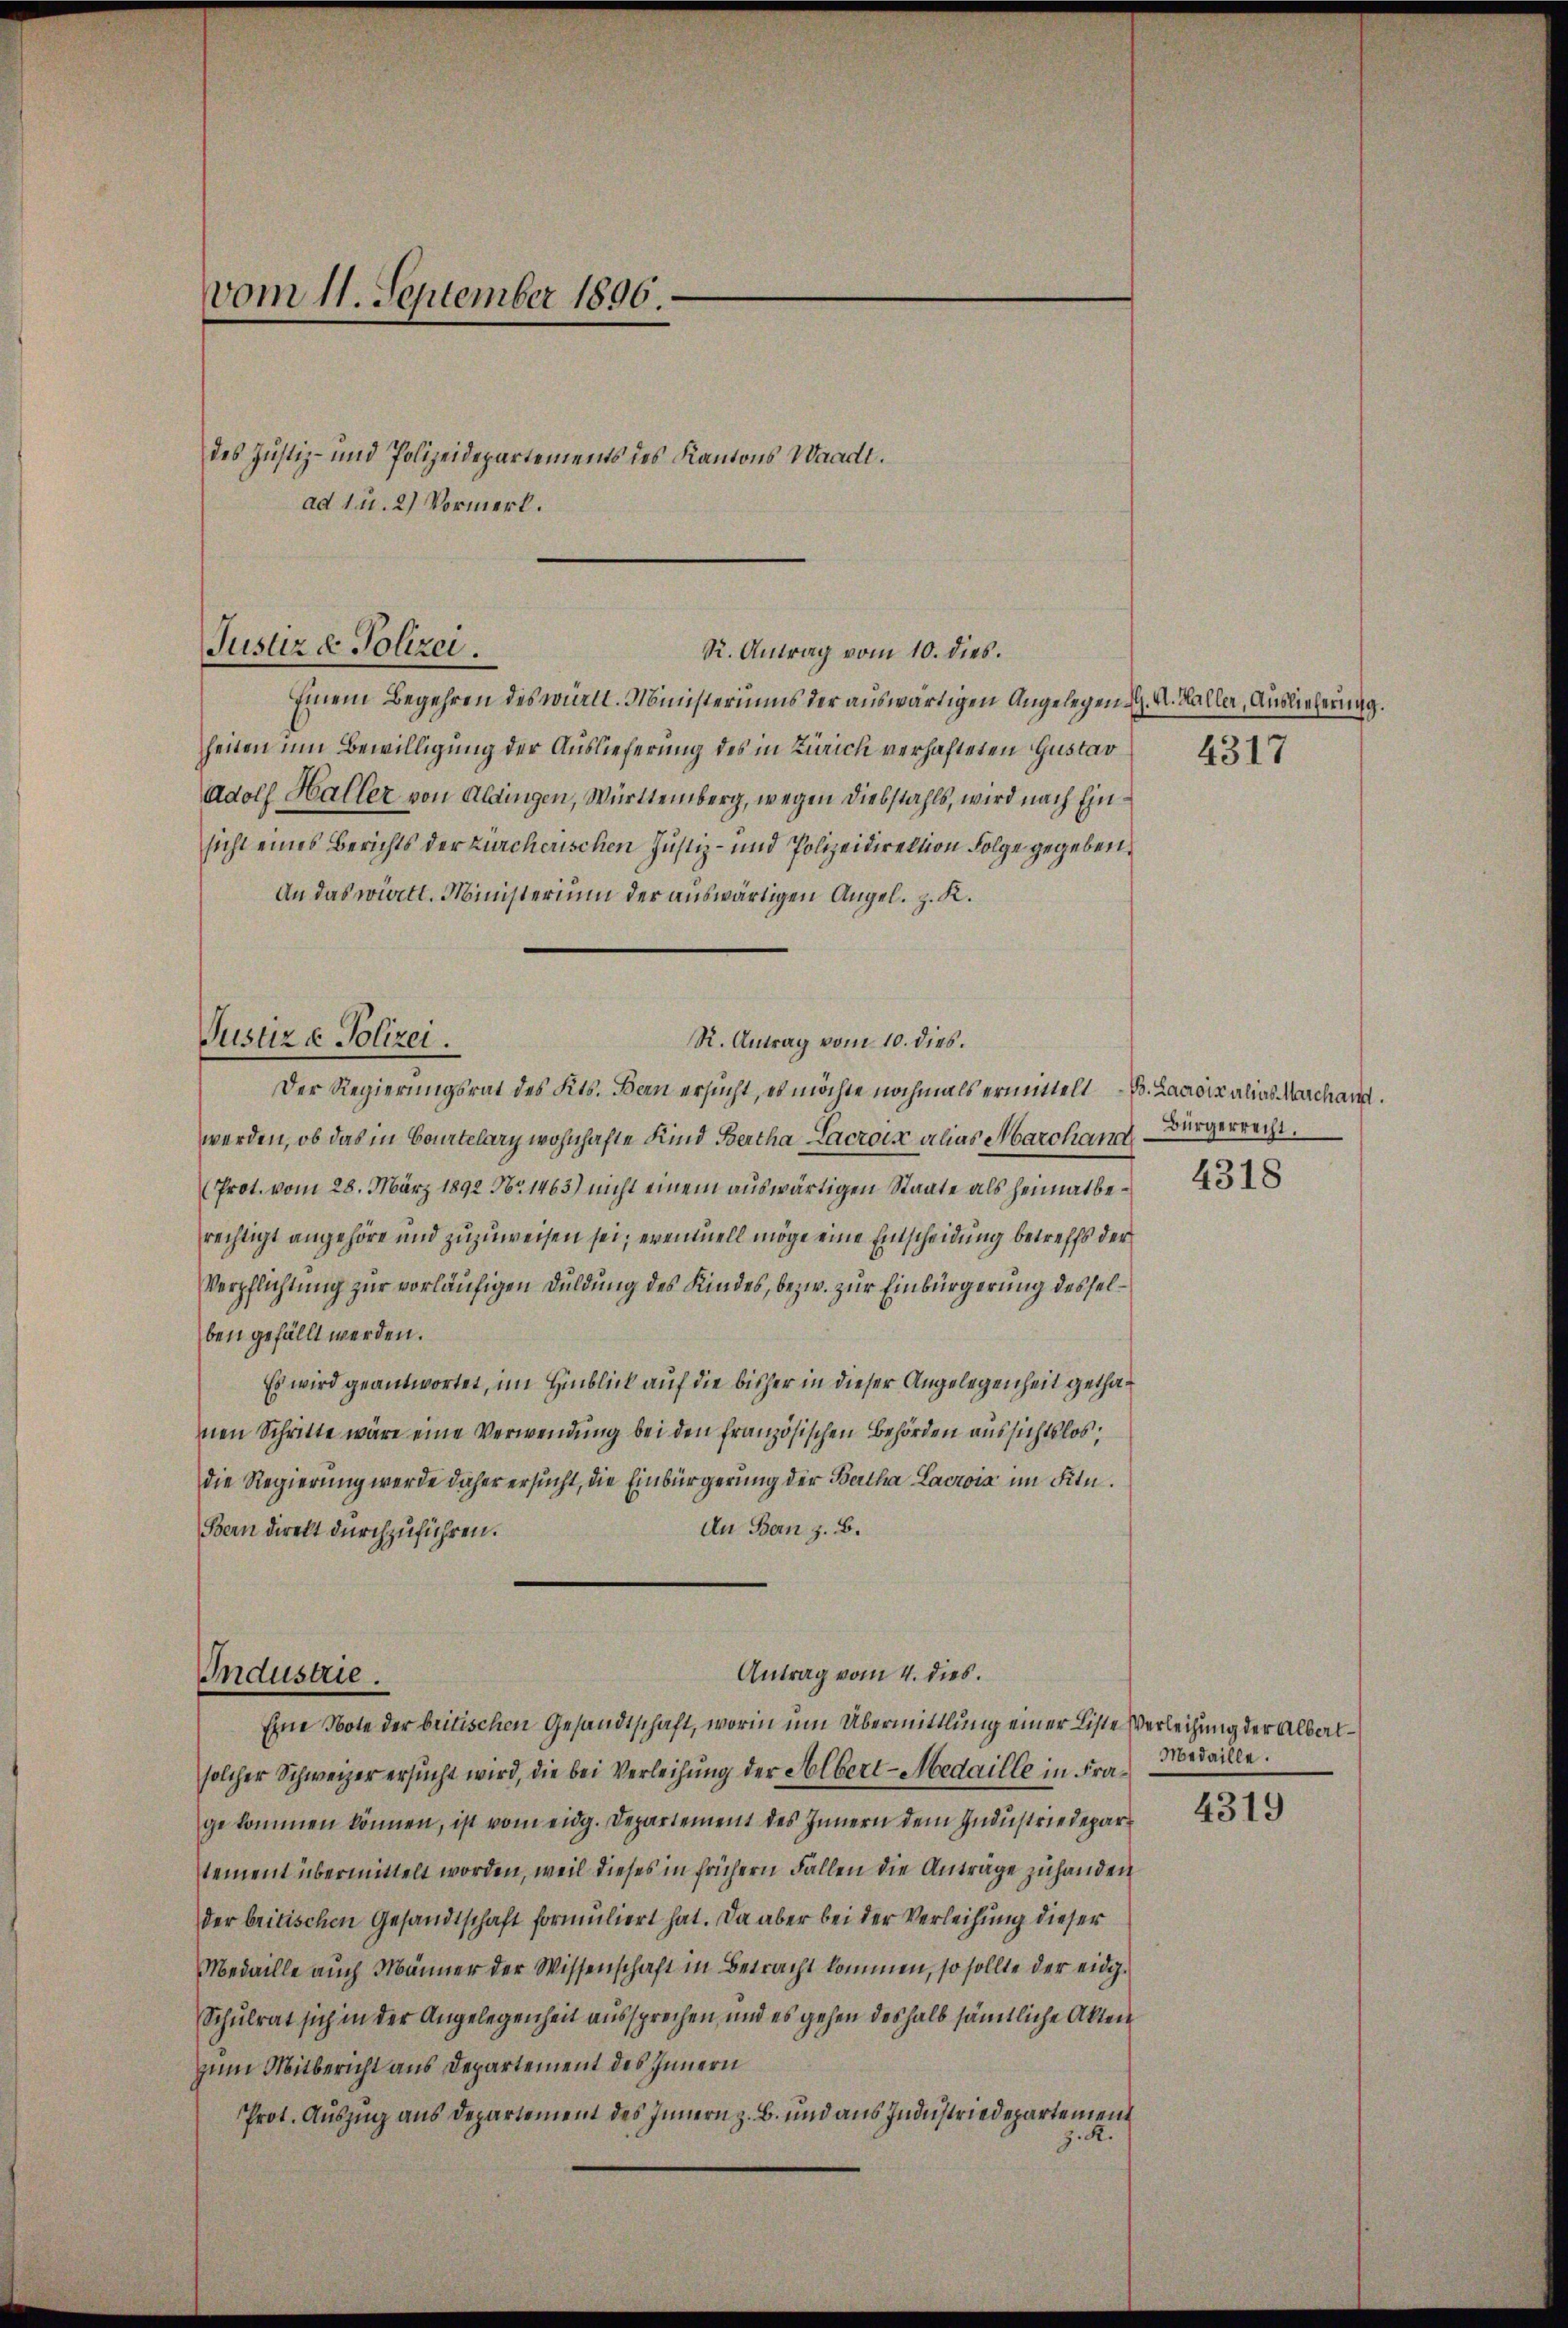
vom 11. September 1896.

ad 1 u. 2) Vormerk.

des Justiz- und Polizeidepartements des Kantons Waadt.

Einem Begehren des württ. Ministeriums der auswärtigen Angelegen d. M. Kaller, Auslieferung.
heiten um Bewilligung der Auslieferung des in Zürich verhafteten Gustav
Adolf Haller von Aldingen, Württemberg, wegen Diebstahls, wird nach Einsicht eines Berichts der Zürcherischen Justiz- und Polizeidirektion Folge gegeben,
An das württ. Ministerium der auswärtigen Angel. z. K.
Der Regierungsrat des Kts. Bern ersucht, es möchte nochmals ermittelt
werden, ob das in Courtelary wohnhafte Kind Bertha Lacroix alias Marchand
(Prot. vom 28. März 1892 No 1463) nicht einem auswärtigen Staate als heimatberechtigt angehöre und zuzuweisen sei; ereinnell möge eine Einscheidung betreffs der
Verpflichtung zur vorläufigen Duldung des Kindes, bezw. zur Einbürgerung desselben gefällt werden.
Es wird geantwortet, im Hinblick auf die bisher in dieser Angelegenheit gethanen Schritte wäre eine Verwendung bei den französischen Behörden aussichtslos,
die Regierung werde daher ersucht, die Einbürgerung der Bartha Lacrois im Fitn.
An Ban z. B.
Bern direkt durchzuführen.

Justiz & Polizei.
R. Antrag vom 10. dies.

Justiz & Polizei

solcher Schweizer ersucht wird, die bei Verleihung der Albert-Medaille in Fragekommen können, ist vom eidg. Departement des Innern dem Industriedepartement übermittelt worden, weil dieses in frühern Fallen die Anträge zuhanden
der beitischen Gesandtschaft formuliert hat. Da aber bei der Verleihung dieser
Medaille auch Männer der Wissenschaft in Betracht kommen, so sollte der eidg¬
Schulrat sich in der Angelegenheit aussprechen, und es gehen deshalb sämmtliche Akten
zum Mitbericht aus Departement des Innern
Prot. Auszug aus Departement des Innern z. B. und aus Industriedepartement
z. R.

R. Antrag vom 10. dies.

Antrag vom 4. dies.
Industrie.
Ehne Note der britischen Gesandtschaft, worinn um Übermittlung einer Liste Verleihung der Albal¬

4317

B. Lacroix alias Marchand.
Bürgerrecht.
4318

Medaille.

4319